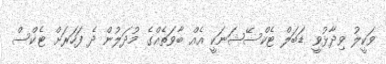
ވަކީލު ވިދާޅުވީ ޑަބަލް ޓެކްސޭޝަނަކީ އެއް ބާވަތެއްގެ މުދަލުން ދެ ފަހަރަށް ޓެކްސް